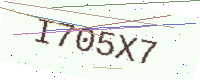
Text: I705X7